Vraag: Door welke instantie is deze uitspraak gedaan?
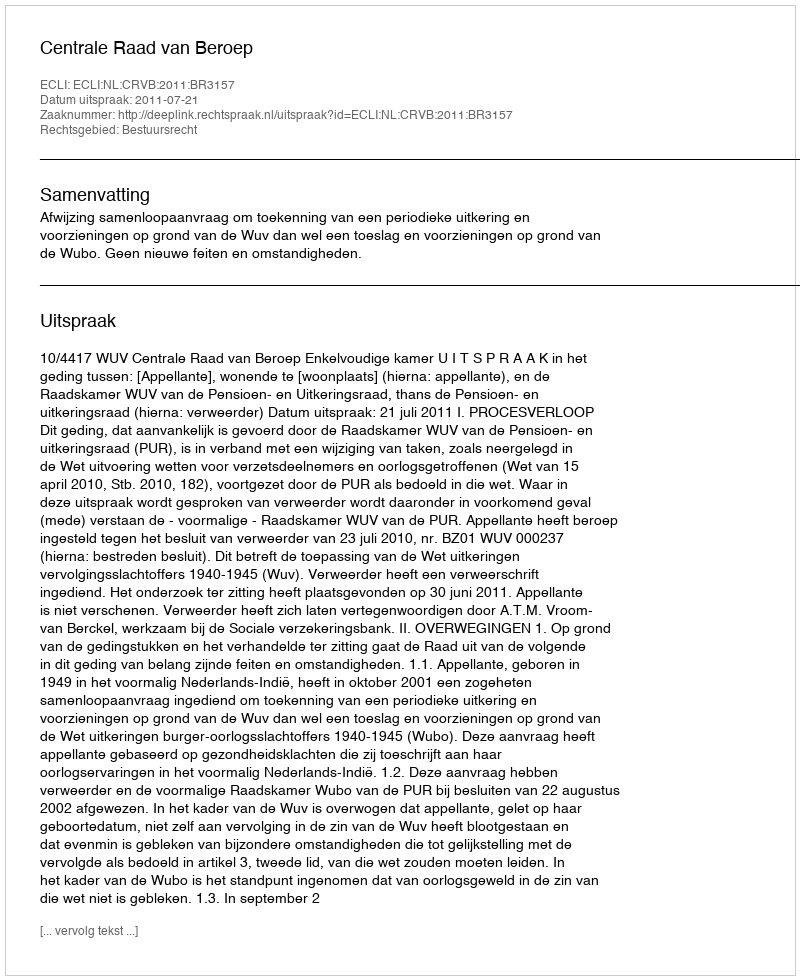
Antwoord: Centrale Raad van Beroep